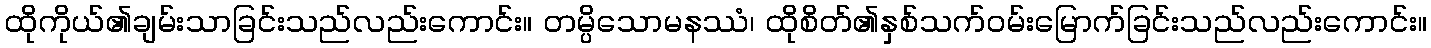
ထိုကိုယ်၏ချမ်းသာခြင်းသည်လည်းကောင်း။ တမ္ပိသောမနဿံ၊ ထိုစိတ်၏နှစ်သက်ဝမ်းမြောက်ခြင်းသည်လည်းကောင်း။